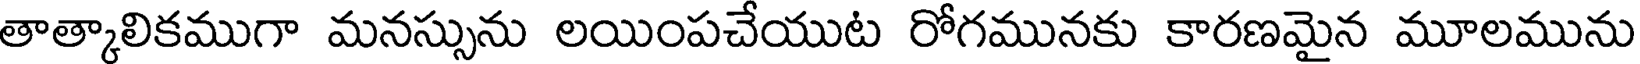
తాత్కాలికముగా మనస్సును లయింపచేయుట రోగమునకు కారణమైన మూలమును